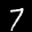
Label: 7